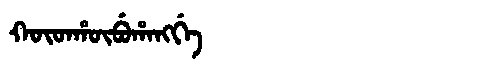
Manchu: ᡴᡡᡨᡥᡡᠪᡠᡥᠠᠩᡤᡝ
Romanization: KŪTHŪBUHANGGE